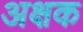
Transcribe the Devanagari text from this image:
अक्षक